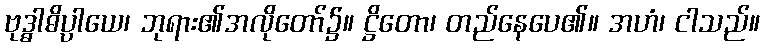
ဗုဒ္ဓါဓိပ္ပါယေ၊ ဘုရား၏အလိုတော်၌။ ဋ္ဌိတော၊ တည်နေပေ၏။ အဟံ၊ ငါသည်။